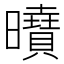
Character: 𭨍